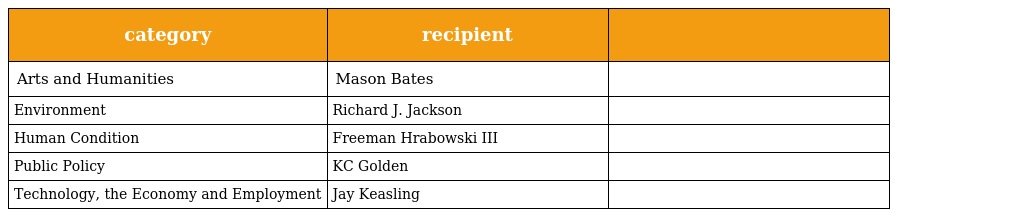
| category | recipient |  |
 | --- | --- | --- |
 | Arts and Humanities | Mason Bates |  |
 | Environment | Richard J. Jackson |  |
 | Human Condition | Freeman Hrabowski III |  |
 | Public Policy | KC Golden |  |
 | Technology, the Economy and Employment | Jay Keasling |  |